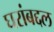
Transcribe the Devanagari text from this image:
घरांबद्दल